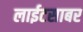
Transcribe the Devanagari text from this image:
लाईटसाबर